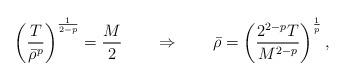
LaTeX: \begin{align*}\left(\frac T{\bar \rho^p}\right)^{\frac1{2-p}}=\frac M2\qquad\Rightarrow\qquad\bar \rho=\left(\frac{2^{2-p}T}{M^{2-p}}\right)^{\frac1p},\end{align*}